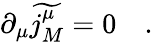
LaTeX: \partial_{\mu}\widetilde{j_{M}^{\mu}}=0\quad.